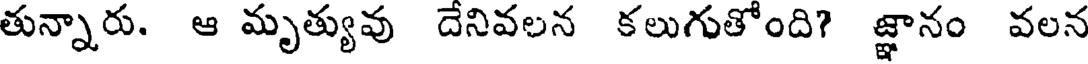
తున్నారు. ఆ మృత్యువు దేనివలన కలుగుతోంది? జ్ఞానం వలన